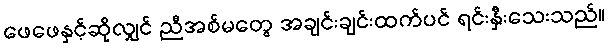
ဖေဖေနှင့်ဆိုလျှင် ညီအစ်မတွေ အချင်းချင်းထက်ပင် ရင်းနှီးသေးသည်။